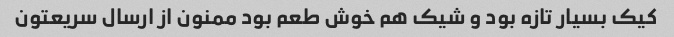
کیک بسیار تازه بود و شیک هم خوش طعم بود ممنون از ارسال سریعتون